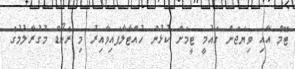
ޓޮމް އާއި ވިޔަޖަން ގައުމީ ޓީމަށް ކުޅުން ހުއްޓާލާފައިވާއިރު މި ރެކޯޑް މުގުރާލުމުގެ